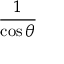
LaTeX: \frac { 1 } { \cos \theta }